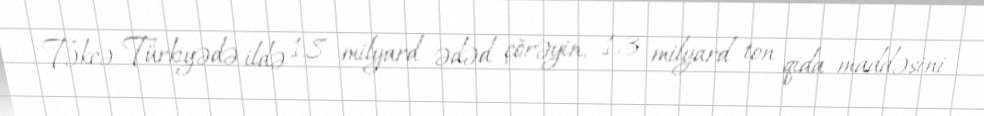
Təkcə Türkiyədə ildə 1.8 milyard ədəd çörəyin, 1.3 milyard ton qida maddəsini